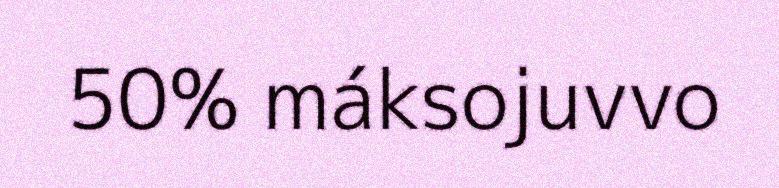
50% máksojuvvo